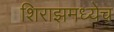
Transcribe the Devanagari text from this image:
शिराझमध्येच